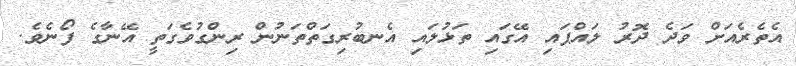
އެތެރެއަށް ވަދެ ދޮރު ލައްޕައި އޭގައި ތަޅުލައި އެނބުރިގަތްތަނުން ރިންގުވެގަތީ އޭނާގެ ފޯނެވެ.